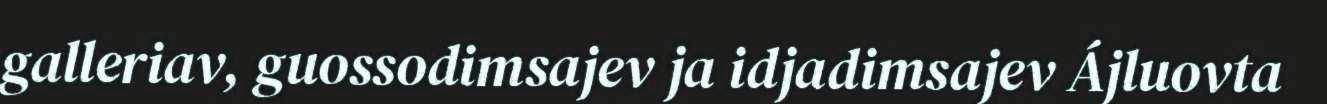
galleriav, guossodimsajev ja idjadimsajev Ájluovta